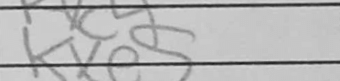
Transcription: Kxc5